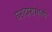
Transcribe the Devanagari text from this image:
घरादारांमध्ये